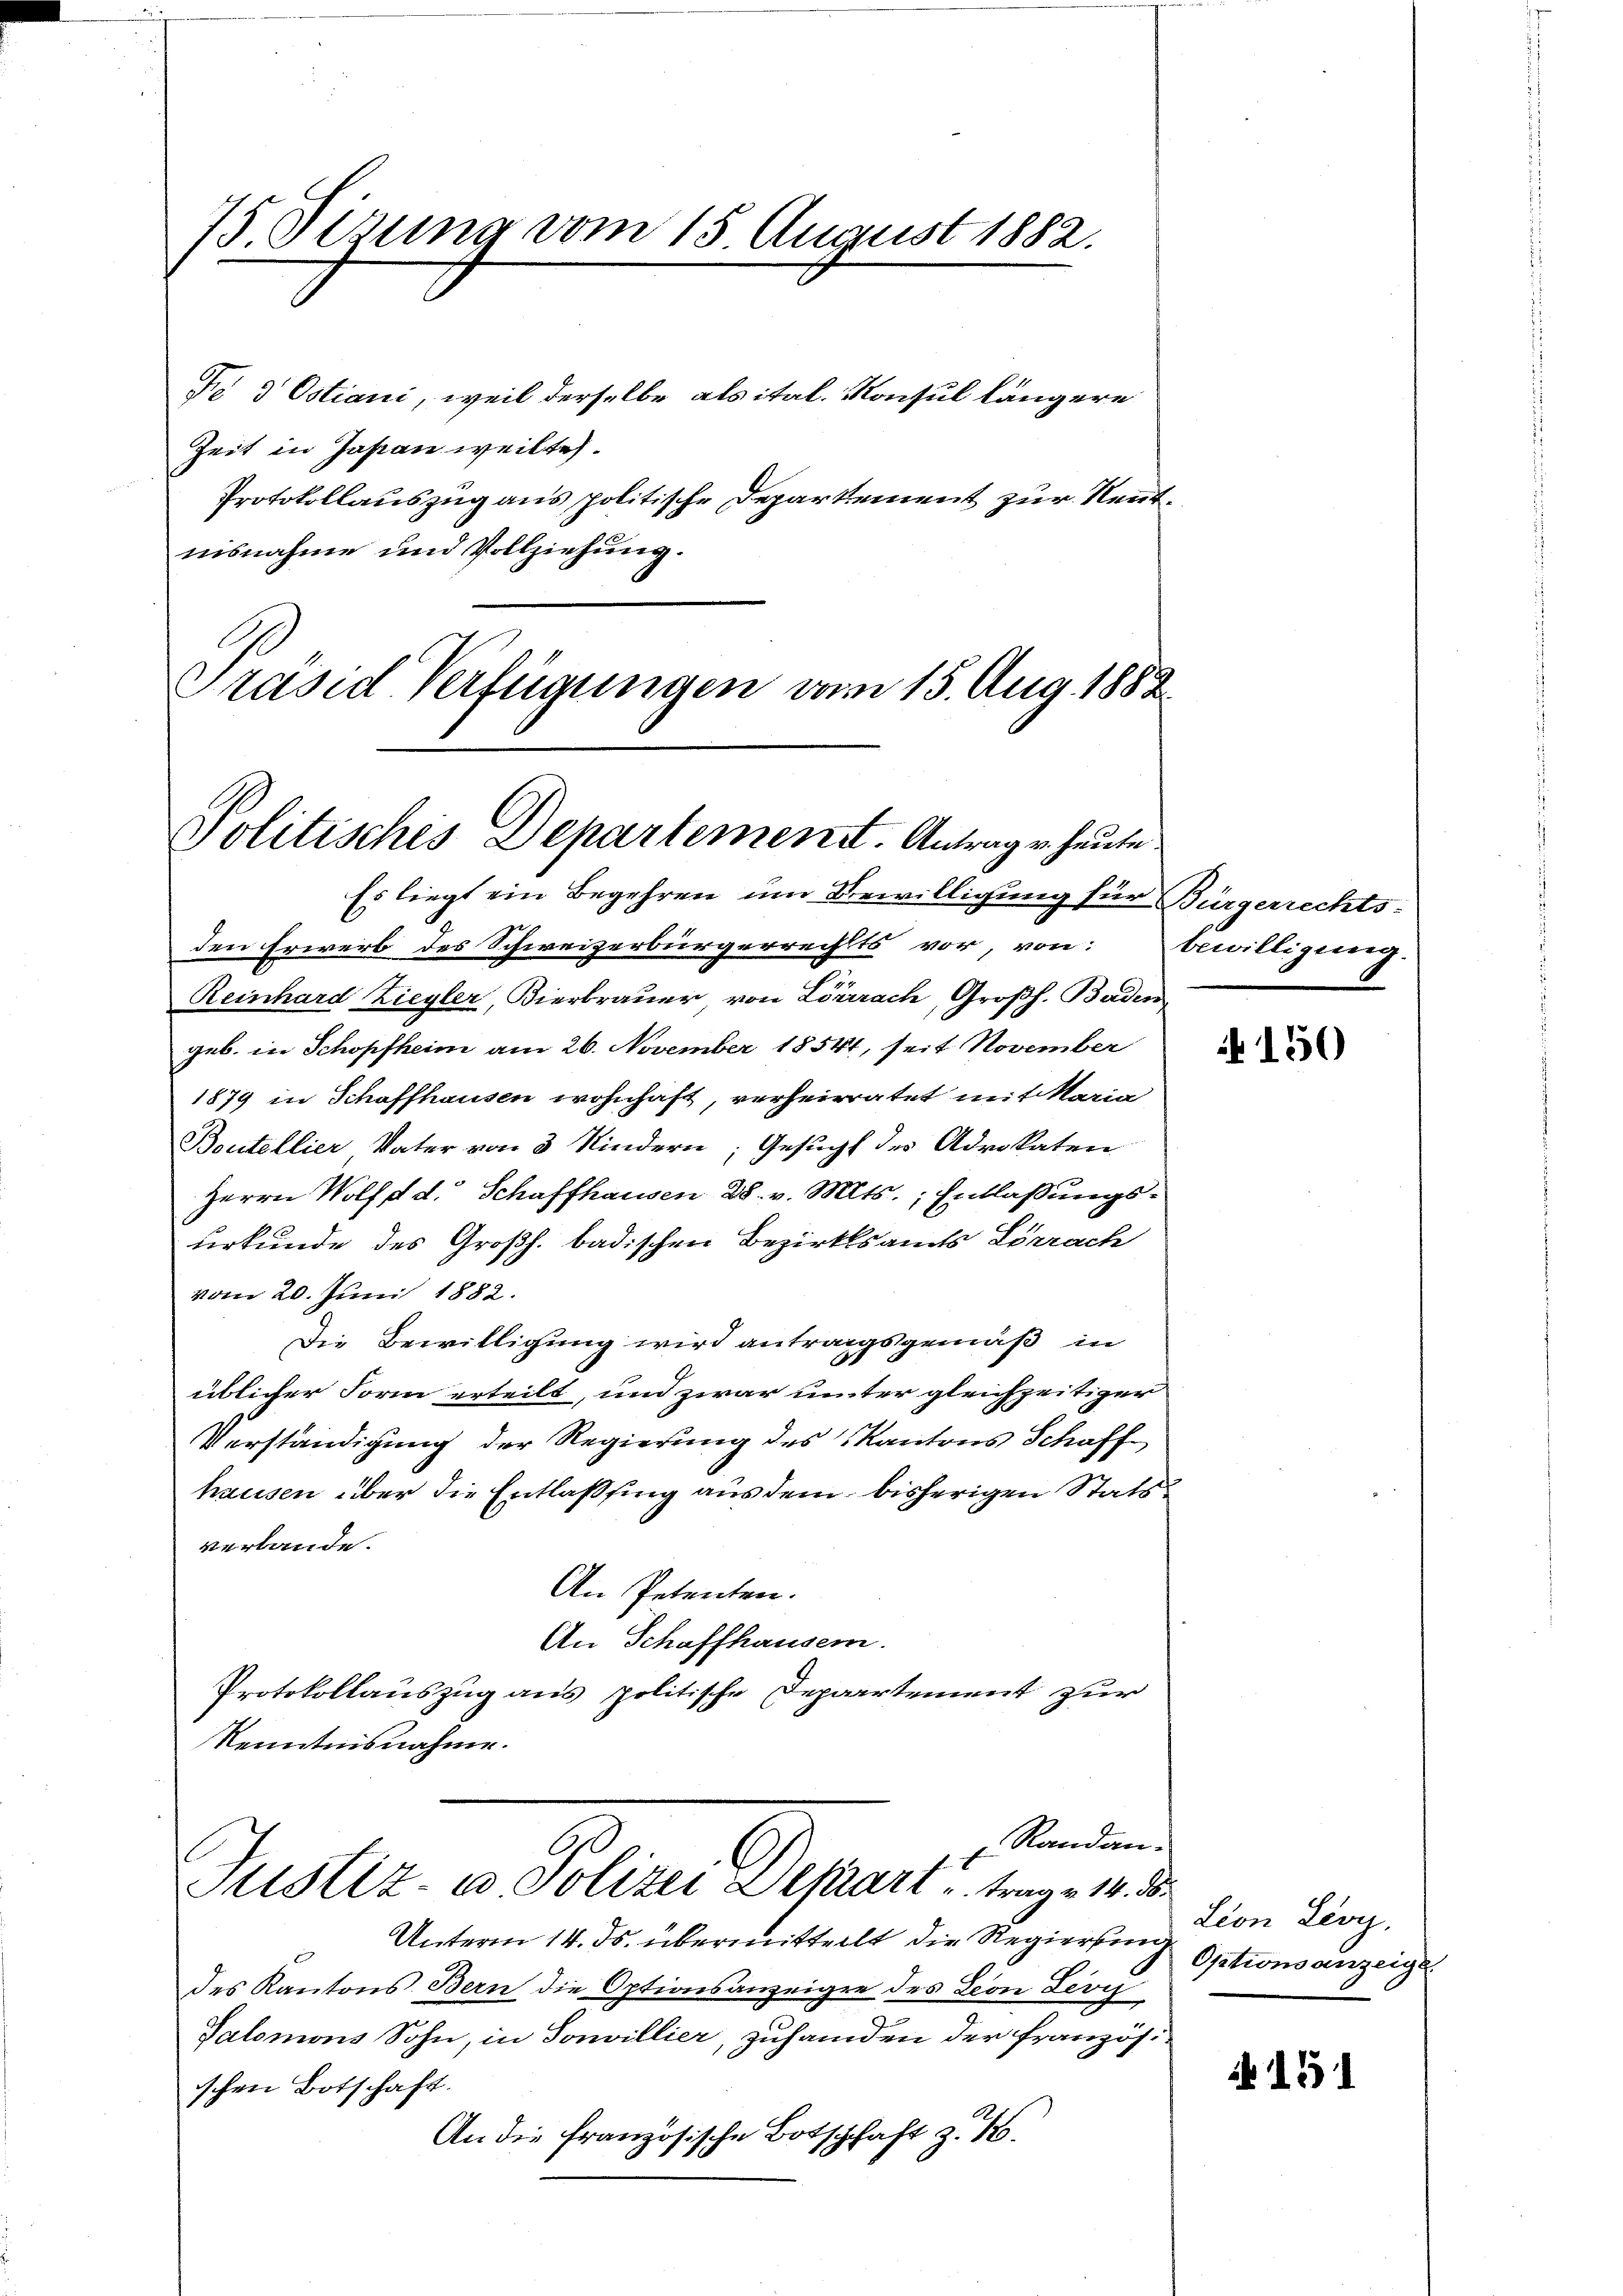
75. Sizung vom 15. August 1882.

Jo 3 Ostiani, weil derselbe als ital. Konsul längere
Zeit in Johan weilte
Protokollauszug aus politische Departement zur Nenntnisnahme und Vollziehung.
Präsid Verfügungen vom 15. Aug. 1882.

Politisches Departement. Antrag u. heute

Randan-
G.
Justiz- u. Polizei Depart u. trage 14. ds.

Unterm 14. ds. übermittellt die Regierung
des Kantons Bern die Optionsanzeige des Leon Levi
Salomons Sohn, in Sonvillier, zuhanden der französischen Botschaft.
An die französische Botschaft z. B.

Es liegt ein Begehren um Bewilligung für Bürgerrechts-
den Erwerb des Schweizerbürgerrechts vor, von: bewilligung.
Reinhard Ziegler, Bierbrauer von Lörrach, Großh. Baden
geb. in Schopfheim am 26. November 18541, seit November
1879 in Schaffhausen wohnhaft, verheiratet mit Maria
Boutellier, Vater von 3 Kindern, Gesucht des Advokaten
Herrn Wolfst d. Schaffhausen 28. v. Mts., Entlassungsurkunde des Großh. badischen Bezirksamts Lörrach
vom 20. Juni 1882.
Die Bewilligung wird antragsgemäß in
üblicher Form erteilt, und zwar unter gleichzeitiger
Verständigung der Regierung des Kantons Schaff-
hausen über die Entlaßung aus dem bisherigen Stats
verlande.
An Petenten.
An Schaffhausern.
Protokollauszug aus politische Departement zur
Kenntnisnahme.

150

Lion Levy,
Optionsanzeige.

151